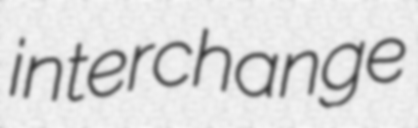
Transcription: interchange